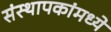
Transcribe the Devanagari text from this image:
संस्थापकांमध्ये